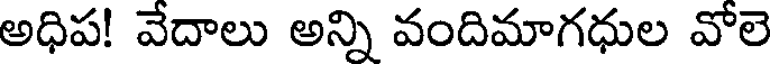
అధిప! వేదాలు అన్ని వందిమాగధుల వోలె